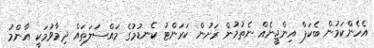
އެހެންކަމުން ބެކަޕް އިންޖީނެއް ނެތުމުން ރަށުން ކަރަންޓު ކެނޑުމުގެ މައްސަލަތައް ދިމާވުމަކީ އާންމު